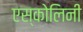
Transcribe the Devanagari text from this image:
एस्कोलिनी